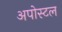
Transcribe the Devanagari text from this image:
अपोस्टल